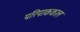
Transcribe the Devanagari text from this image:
परिपाककाल